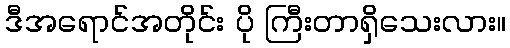
ဒီအရောင်အတိုင်း ပို ကြီးတာရှိသေးလား။